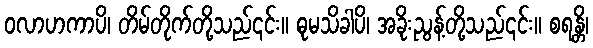
ဝလာဟကာပိ၊ တိမ်တိုက်တို့သည်၎င်း။ ဓုမသိခါပိ၊ အခိုးညွန့်တို့သည်၎င်း။ စရန္တိ၊